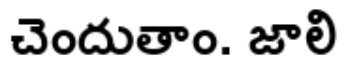
చెందుతాం. జాలి